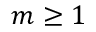
m \geq 1